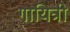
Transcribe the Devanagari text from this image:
गायित्री